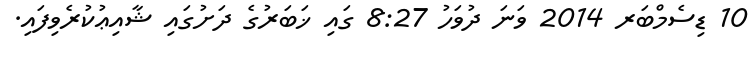
10 ޑިސެމްބަރ 2014 ވަނަ ދުވަހު 8:27 ގައި ޚަބަރުގެ ދަށުގައި ޝާއިޢުކުރެވިފައި.